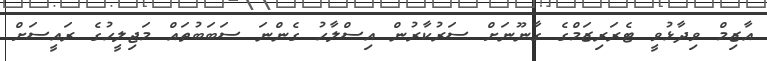
އާޒިމް ވިދާޅުވީ ޓެރަރިޒަމްގެ ގާނޫނަށް ސަރުކާރުން އިސްލާހު ގެންނަ ސަބަބުތައް މަޖިލީހުގެ ރައީސަށް